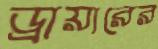
ড্রায়ারের